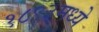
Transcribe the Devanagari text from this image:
१८९३मध्ये